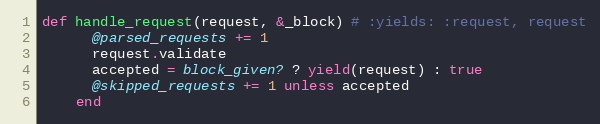
Language: Ruby
def handle_request(request, &_block) # :yields: :request, request
      @parsed_requests += 1
      request.validate
      accepted = block_given? ? yield(request) : true
      @skipped_requests += 1 unless accepted
    end